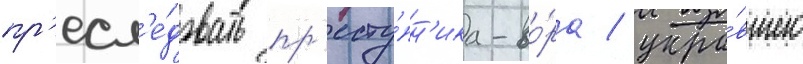
пр'есл'е́довать пр'есту́пн'ика-во́ра / укра́вшего